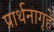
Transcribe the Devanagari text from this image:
प्रार्थनागृहे